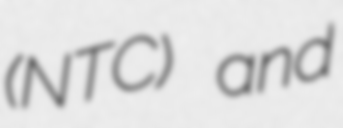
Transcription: (NTC) and